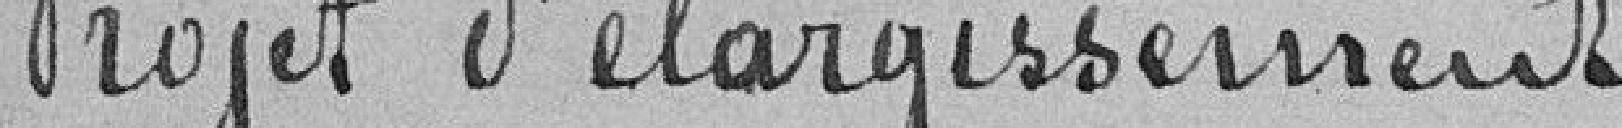
Projet d'élargissement